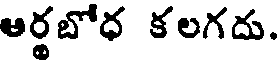
ఆర్థబోధ కలగదు.